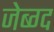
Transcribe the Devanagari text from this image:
जेब्ग्द